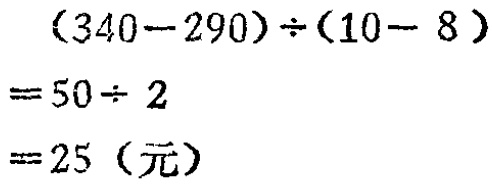
\((340 - 290)\div(10 - 8)\)
\(= 50\div 2\)
\(= 25\)（元）